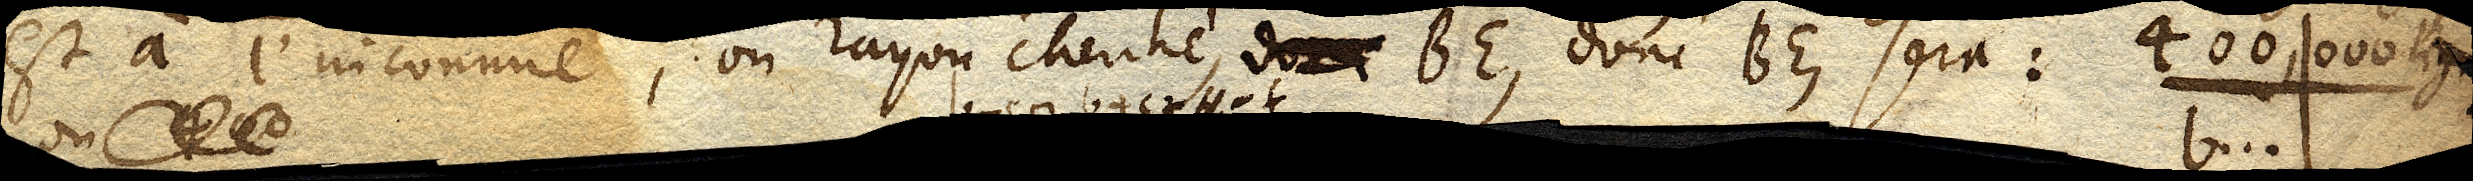
est à l’inconnue, ou rayon cherché, donc BE, donc BE, sera: 400,000 lignes